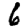
Digit: 6